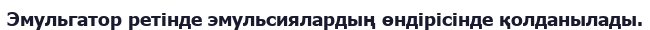
Эмульгатор ретінде эмульсиялардың өндірісінде қолданылады.